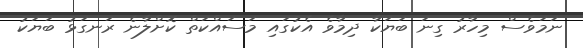
ނަމަވެސް މިހާރު ގިނަ ބަޔަކާ ދިމާވެ އެކުގައި މަސައްކަތް ކޮށްލާނެ ރަނގަޅު ބަޔަކު